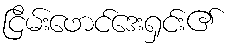
ငြိမ်းဖောင်ဒေးရှင်း၏